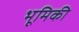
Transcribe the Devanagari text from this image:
भूमिकी